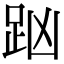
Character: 𧿖